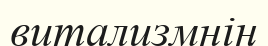
витализмнің